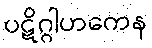
ပဋိဂ္ဂါဟကေန